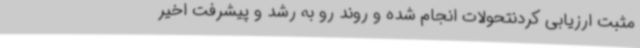
مثبت ارزیابی کردنتحولات انجام شده و روند رو به رشد و پیشرفت اخیر